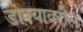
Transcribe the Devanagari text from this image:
डोक्‍यावरील